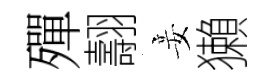
殫翿妾獺